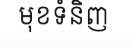
មុខទំនិញ